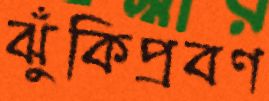
ঝুঁকিপ্রবণ